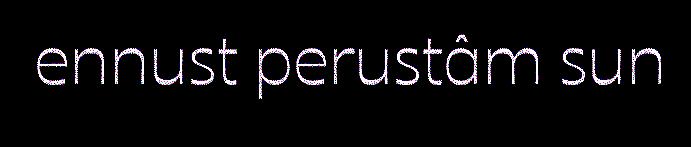
ennust perustâm sun